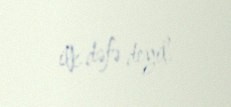
ilk dəfə deyil.